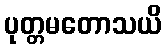
ပုတ္တမတောသယိ